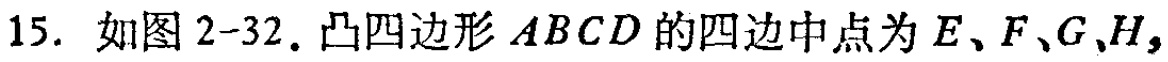
15. 如图2-32. 凸四边形 \(ABCD\) 的四边中点为 \(E、F、G、H\)，